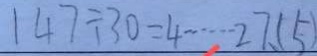
1 4 7 \div 3 0 = 4 \cdots 2 7 、 ( 5 )